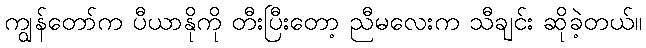
ကျွန်တော်က ပီယာနိုကို တီးပြီးတော့ ညီမလေးက သီချင်း ဆိုခဲ့တယ်။